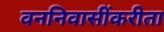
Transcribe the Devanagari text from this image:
वननिवासींकरीता